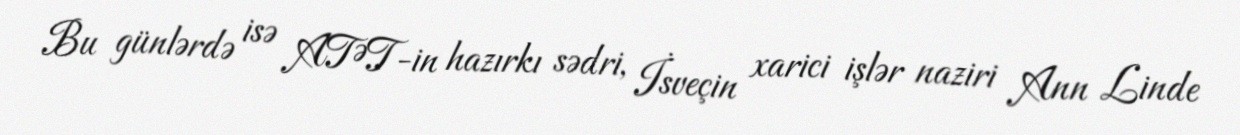
Bu günlərdə isə ATƏT-in hazırkı sədri, İsveçin xarici işlər naziri Ann Linde